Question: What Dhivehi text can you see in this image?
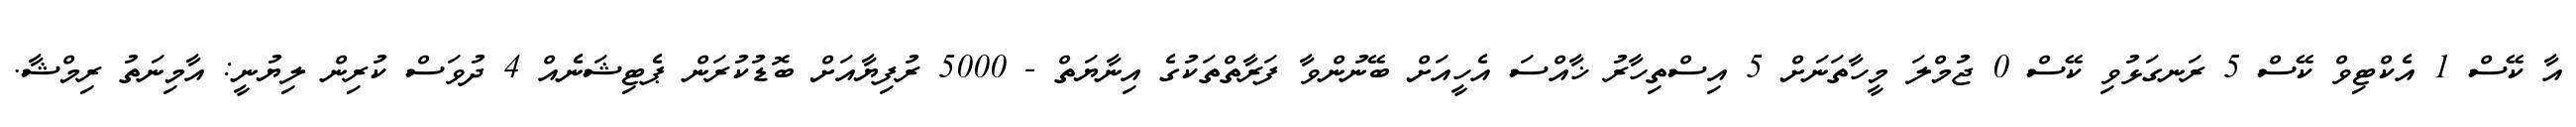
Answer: އާ ކޭސް 1 އެކްޓިވް ކޭސް 5 ރަނގަޅުވި ކޭސް 0 ޖުމްލަ މީހާތަނަށް 5 އިސްތިހާރު ޚާއްސަ އެހީއަށް ބޭނުންވާ ފަރާތްތަކުގެ އިނާޔަތް - 5000 ރުފިޔާއަށް ބޮޑުކުރަން ޕެޓިޝަނެއް 4 ދުވަސް ކުރިން ލިޔުނީ: އާމިނަތު ރިމްޝާ.